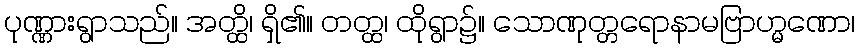
ပုဏ္ဏားရွာသည်။ အတ္ထိ၊ ရှိ၏။ တတ္ထ၊ ထိုရွာ၌။ သောဏုတ္တရောနာမဗြာဟ္မဏော၊